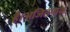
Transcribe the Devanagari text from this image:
है।अजितनाथ